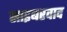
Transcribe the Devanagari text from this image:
साइबरवाद